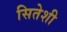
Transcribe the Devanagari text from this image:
सितेशी